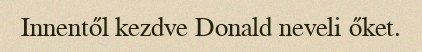
Innentől kezdve Donald neveli őket.